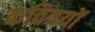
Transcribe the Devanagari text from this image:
कवित्रयों